Papers set at the Examination for Leaving Certificates, 1893
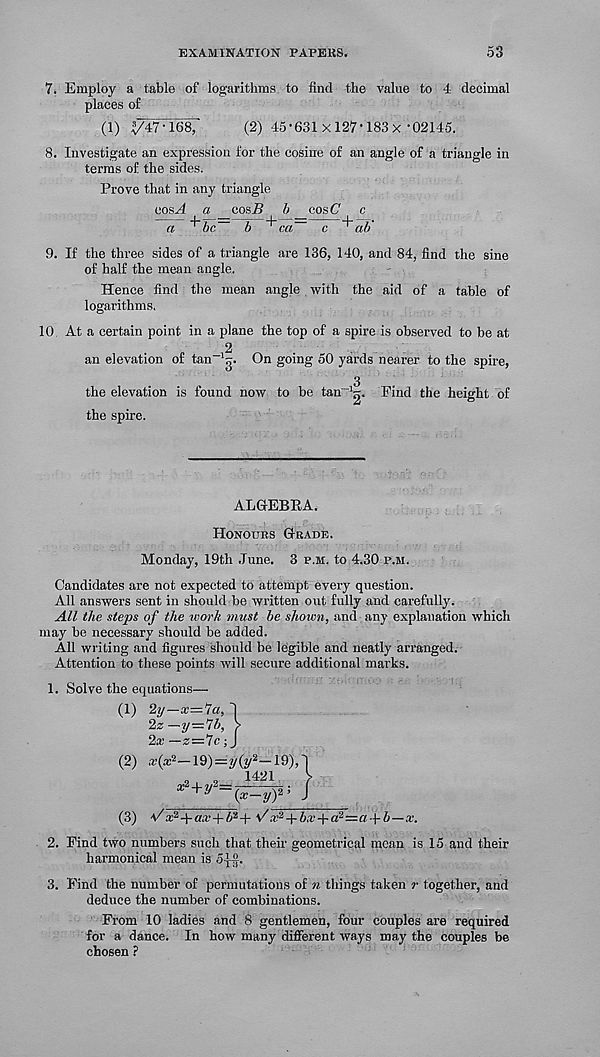
EXAMINATION PAPEKS.
53
7. Employ a table of logarithms to find the value to 4 decimal
places of
(1) y47'168,
(2) 45-631 x 127-183 x •02145.
8. Investigate an expression for the cosine of an angle of a triangle in
terms of the sides.
Prove that in any triangle
eosx/ a cosi? b cos (7 c
a
h ^ ca~ c + ah'
9. If the three sides of a triangle are 136, 140, and 84, find the sine
of half the mean angle.
Hence find the mean angle with the aid of a table of
logarithms.
10 At a certain point in a plane the top of a spire is observed to be at
_ 2
an elevation of tan ‘g. On going 50 yards nearer to the spire,
3
the elevation is found now to be tan''g. Find the height of
the spire.
ALGEBRA.
Honours Grade.
Monday, 19th June. 3 p.m. to 4.30 p.m.
Candidates are not expected to attempt every question.
All answers sent in should be written out fully and carefully.
All the steps of the work must be shown, and any explanation which
may be necessary should be added.
All writing and figures should be legible and neatly arranged.
Attention to these points will secure additional marks.
1. Solve the equations—
(1)
(2)
(3)
2y—x— > la, "1
2z—y=7b, >
2a; —z—7c; J
w(x 2 —19)—y(y 2~- 19),
a;2 l ,,2
.
+?/ ~(x-y) 2 ’
Va 2 4-aa’+6 3 + v a? 2 + 5a;+a 2 =a-(-6—a.
2. Find two numbers such that their geometrical mean is 15 and their
harmonical mean is S-^.
3. Find the number of permutations of n things taken r together, and
deduce the number of combinations.
From 10 ladies and 8 gentlemen, four couples are required
for a dance. In how many different ways may the couples be
chosen ?